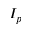
I _ { p }